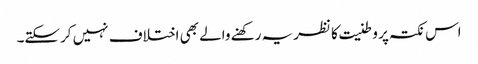
اس نکتہ پر وطنیت کا نظریہ رکھنے والے بھی اختلاف نہیں کرسکتے۔